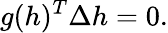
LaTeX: g(h)^{T}\Delta h=0.